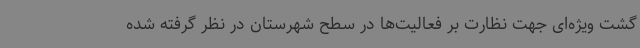
گشت ویژه‌ای جهت نظارت بر فعالیت‌ها در سطح شهرستان در نظر گرفته شده